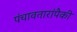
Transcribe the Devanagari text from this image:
पंचावतारांपैकी